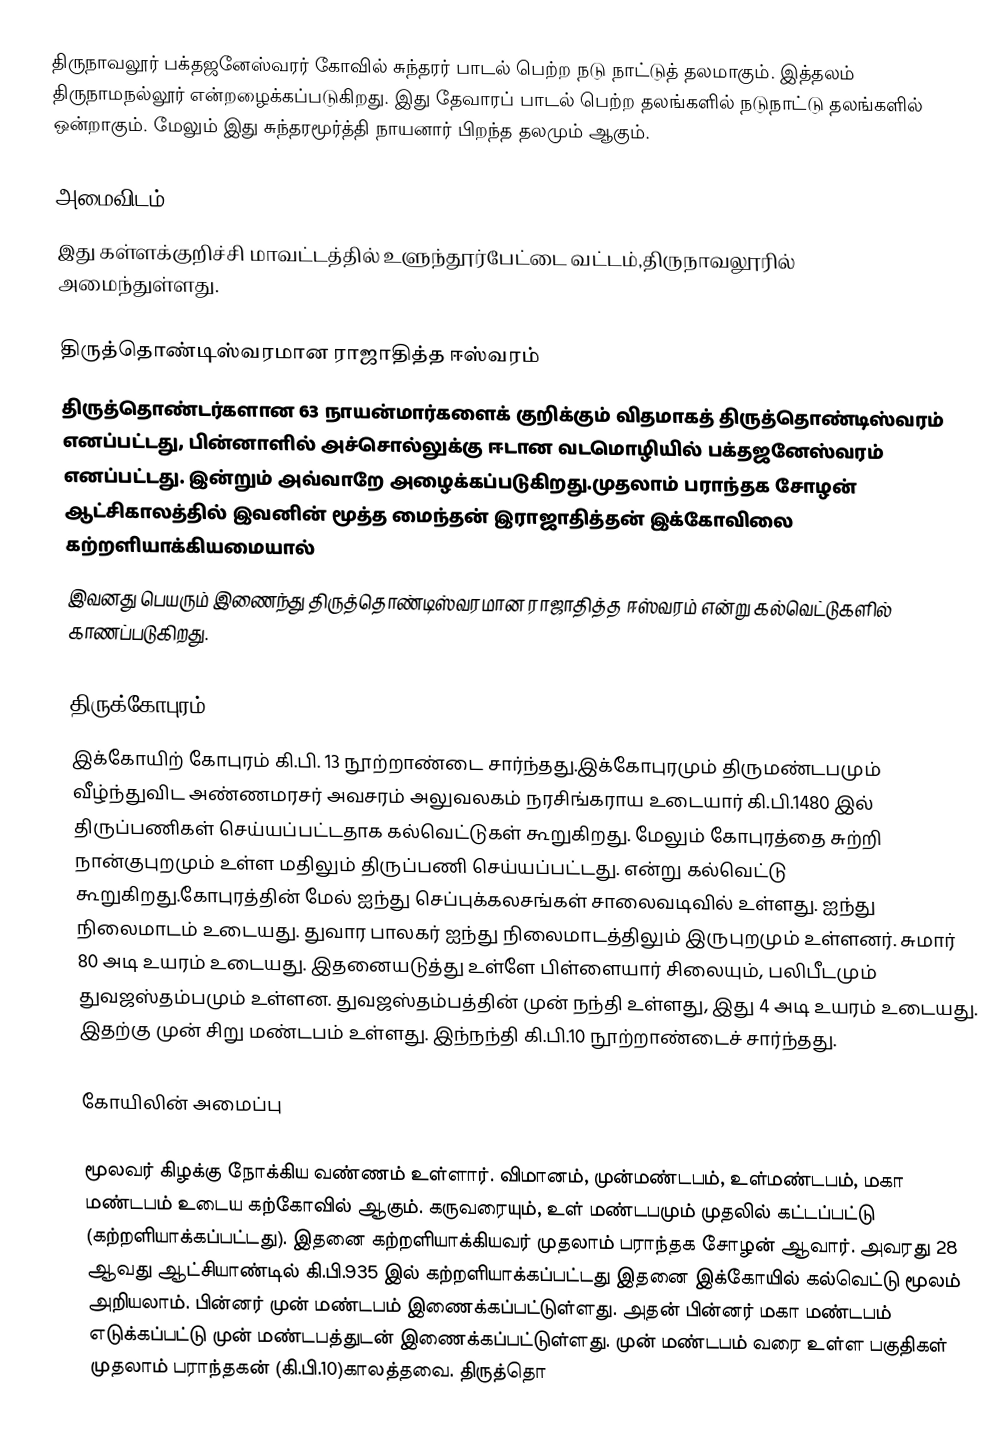
திருநாவலூர் பக்தஜனேஸ்வரர் கோவில் சுந்தரர் பாடல் பெற்ற நடு நாட்டுத் தலமாகும். இத்தலம் திருநாமநல்லூர் என்றழைக்கப்படுகிறது. இது தேவாரப் பாடல் பெற்ற தலங்களில் நடுநாட்டு தலங்களில் ஒன்றாகும்.  மேலும் இது சுந்தரமூர்த்தி நாயனார் பிறந்த தலமும் ஆகும்.

அமைவிடம்
இது கள்ளக்குறிச்சி மாவட்டத்தில்  உளுந்தூர்பேட்டை வட்டம்,திருநாவலூரில் அமைந்துள்ளது.

திருத்தொண்டிஸ்வரமான ராஜாதித்த ஈஸ்வரம்
திருத்தொண்டர்களான 63 நாயன்மார்களைக் குறிக்கும் விதமாகத் திருத்தொண்டிஸ்வரம் எனப்பட்டது, பின்னாளில் அச்சொல்லுக்கு ஈடான வடமொழியில் பக்தஜனேஸ்வரம் எனப்பட்டது. இன்றும் அவ்வாறே அழைக்கப்படுகிறது.முதலாம் பராந்தக சோழன் ஆட்சிகாலத்தில் இவனின் மூத்த மைந்தன் இராஜாதித்தன் இக்கோவிலை கற்றளியாக்கியமையால்
இவனது பெயரும் இணைந்து திருத்தொண்டிஸ்வரமான ராஜாதித்த ஈஸ்வரம் என்று கல்வெட்டுகளில் காணப்படுகிறது.

திருக்கோபுரம்
இக்கோயிற் கோபுரம் கி.பி. 13 நூற்றாண்டை சார்ந்தது.இக்கோபுரமும் திருமண்டபமும் வீழ்ந்துவிட அண்ணமரசர் அவசரம் அலுவலகம் நரசிங்கராய உடையார் கி.பி.1480 இல் திருப்பணிகள் செய்யப்பட்டதாக கல்வெட்டுகள் கூறுகிறது. மேலும் கோபுரத்தை சுற்றி நான்குபுறமும் உள்ள மதிலும் திருப்பணி செய்யப்பட்டது. என்று கல்வெட்டு கூறுகிறது.கோபுரத்தின் மேல் ஐந்து செப்புக்கலசங்கள் சாலைவடிவில் உள்ளது. ஐந்து நிலைமாடம் உடையது. துவார பாலகர் ஐந்து நிலைமாடத்திலும் இருபுறமும் உள்ளனர். சுமார் 80 அடி உயரம் உடையது. இதனையடுத்து உள்ளே பிள்ளையார் சிலையும், பலிபீடமும் துவஜஸ்தம்பமும் உள்ளன. துவஜஸ்தம்பத்தின் முன் நந்தி உள்ளது, இது 4 அடி உயரம் உடையது. இதற்கு முன் சிறு மண்டபம் உள்ளது. இந்நந்தி கி.பி.10 நூற்றாண்டைச் சார்ந்தது.

கோயிலின் அமைப்பு

மூலவர் கிழக்கு நோக்கிய வண்ணம் உள்ளார். விமானம், முன்மண்டபம், உள்மண்டபம், மகா மண்டபம் உடைய கற்கோவில் ஆகும். கருவரையும், உள் மண்டபமும் முதலில் கட்டப்பட்டு (கற்றளியாக்கப்பட்டது). இதனை கற்றளியாக்கியவர் முதலாம் பராந்தக சோழன் ஆவார். அவரது 28 ஆவது ஆட்சியாண்டில் கி.பி.935 இல் கற்றளியாக்கப்பட்டது இதனை இக்கோயில் கல்வெட்டு மூலம் அறியலாம்.  பின்னர் முன் மண்டபம் இணைக்கப்பட்டுள்ளது. அதன் பின்னர் மகா மண்டபம் எடுக்கப்பட்டு முன் மண்டபத்துடன் இணைக்கப்பட்டுள்ளது.   முன் மண்டபம் வரை உள்ள பகுதிகள் முதலாம் பராந்தகன் (கி.பி.10)காலத்தவை. திருத்தொ